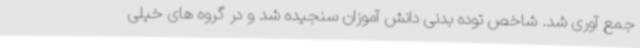
جمع آوری شد. شاخص توده بدنی دانش آموزان سنجیده شد و در گروه های خیلی